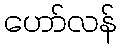
ဟော်လန်